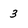
Character: 3